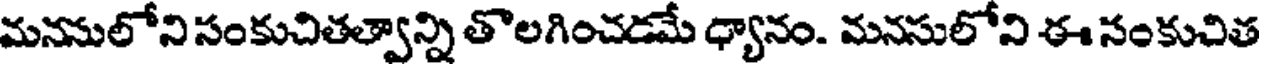
మననులోని సంకుచితత్వాన్ని తొలగించడమే ధ్యానం. మనసులోని ఈ సంకుచిత